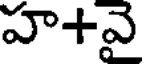
హ+వై